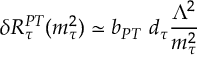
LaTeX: \delta R _ { \tau } ^ { P T } ( m _ { \tau } ^ { 2 } ) \simeq b _ { P T } \ d _ { \tau } { \frac { \Lambda ^ { 2 } } { m _ { \tau } ^ { 2 } } }